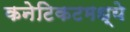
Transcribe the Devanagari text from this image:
कनेटिकटमध्ये